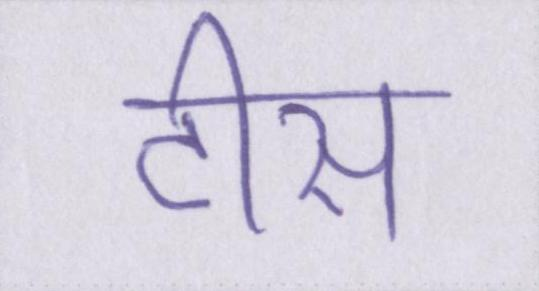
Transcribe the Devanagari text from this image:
टीस